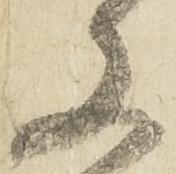
文